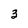
Character: 3